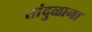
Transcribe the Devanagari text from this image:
तांदुळाना